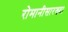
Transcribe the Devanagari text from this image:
रोमानीसारख्या